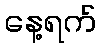
နေ့ရက်